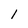
Character: I